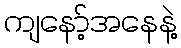
ကျနော့်အနေနဲ့